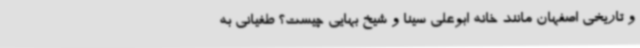
و تاریخی اصفهان مانند خانه ابوعلی سینا و شیخ بهایی چیست؟ طغیانی به